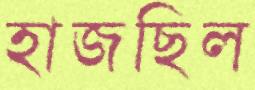
হাজছিল